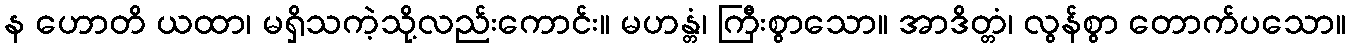
န ဟောတိ ယထာ၊ မရှိသကဲ့သို့လည်းကောင်း။ မဟန္တံ၊ ကြီးစွာသော။ အာဒိတ္တံ၊ လွန်စွာ တောက်ပသော။